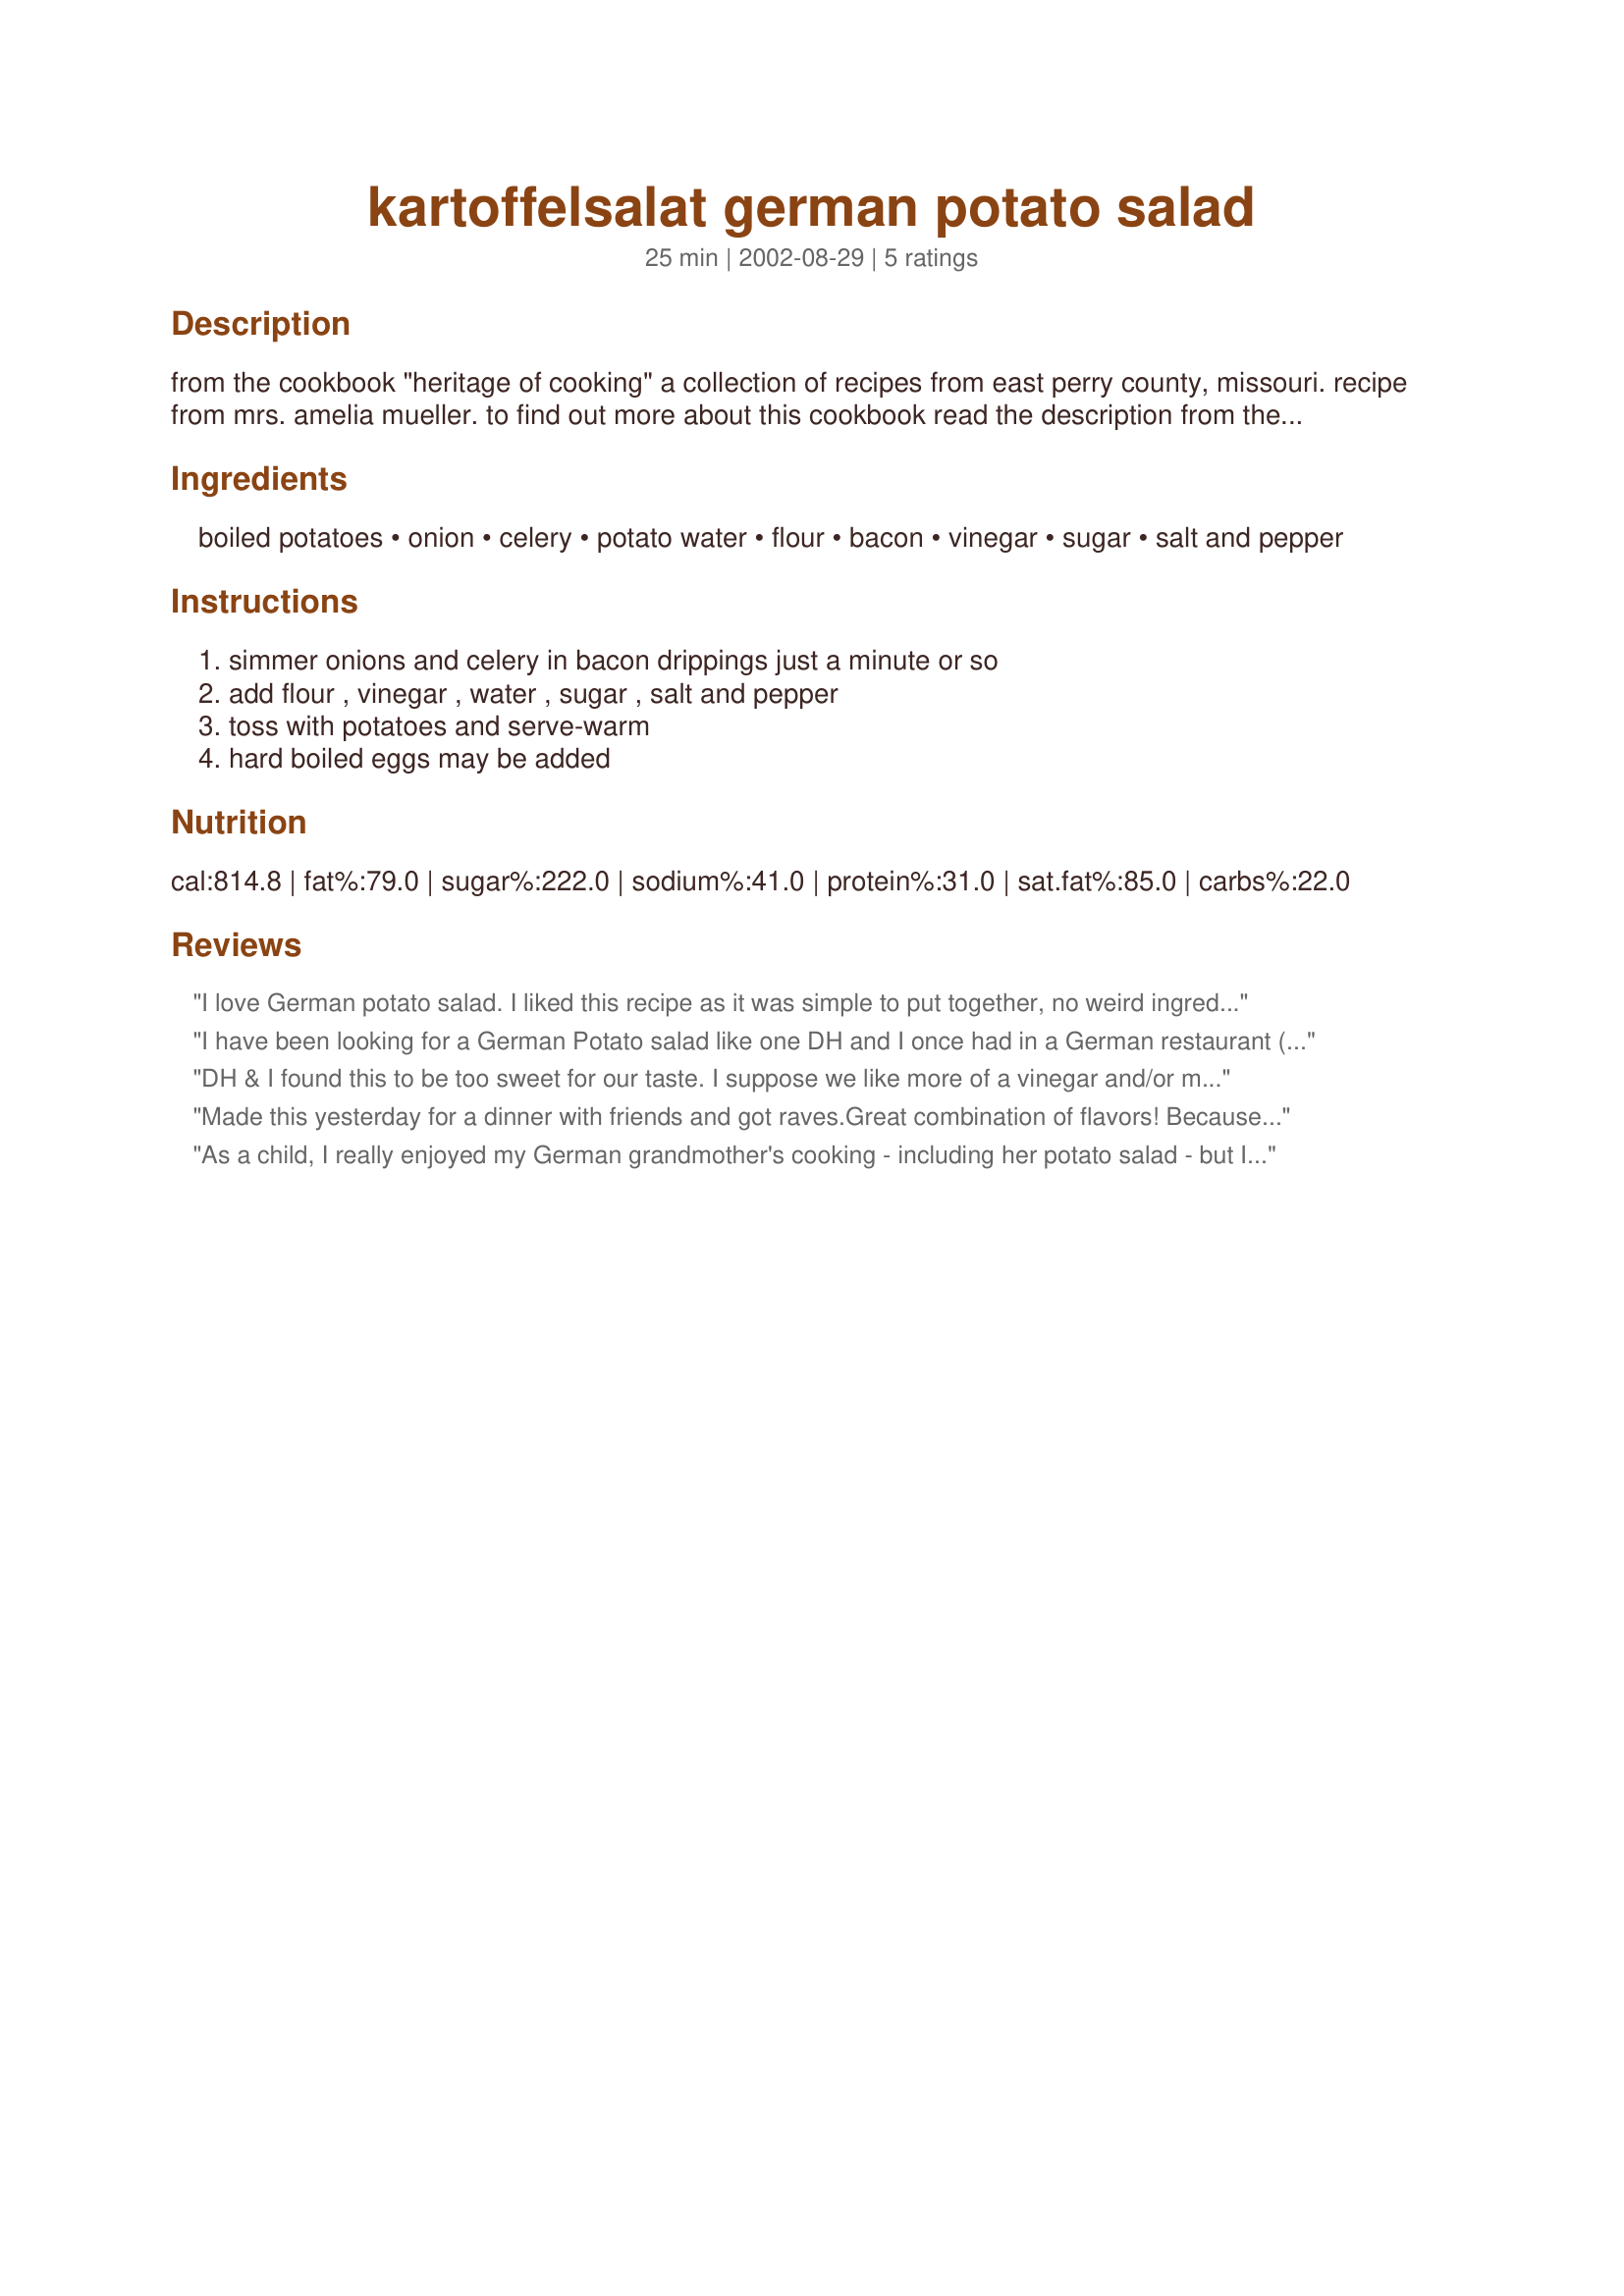
kartoffelsalat german potato salad
Preparation time: 25 minutes

from the cookbook "heritage of cooking" a collection of recipes from east perry county, missouri. recipe from mrs. amelia mueller. to find out more about this cookbook read the description from the first recipe i posted from it recipe #38782.

Ingredients:
boiled potatoes, onion, celery, potato water, flour, bacon, vinegar, sugar, salt and pepper

Steps:
simmer onions and celery in bacon drippings just a minute or so, add flour , vinegar , water , sugar , salt and pepper, toss with potatoes and serve-warm, hard boiled eggs may be added

Reviews:
I love German potato salad. I liked this recipe as it was simple to put together, no weird ingredients, just stuff I had around the house. Wasn't sure if I was to peel the potatoes or not, but I chose to do so and I also sliced them up. I am use to a little creamier sauce on the potatoes and know it is not mayo, but not sure what it is, but this was still great tasting recipe.
I have been looking for a German Potato salad like one DH and I once had in a German restaurant (our first German Potato Salad experience) and absolutely loved. It turned out that this wasn't it, so I'll still be looking, but this was very good too. It was very quick and easy. The directions did not specify what shape the potatoes were to be (whole, sliced, cubed...etc.), so I sliced them to duplicate my original experience. Thanks for sharing this recipe Charlotte.
DH & I found this to be too sweet for our taste. I suppose we like more of a vinegar and/or mustard flavor. Not your fault, it is just our taste buds that couldn't get behind this recipe. I am sure that we will be the minority.
Made this yesterday for a dinner with friends and got raves.Great combination of flavors! Because I used several more small, red-skinned potatoes, I used double the amount of flour and potato water but left the rest of the ingredient amounts the same- turned out great and I gave out the recipe to several of my friends.Thanks for a delicious recipe!
As a child, I really enjoyed my German grandmother's cooking - including her potato salad - but I have no family recipes, so I was really pleased to try this one and find it to be SO delicious! I followed the recipe exactly, and I wouldn't change a thing. So Charlotte J, thank you so much for sharing this recipe! I've made this for the 2006 ZWT Salad Challenge!
